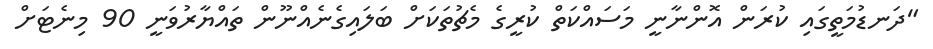
"ދަނޑުމަތީގައި ކުރަން އޮންނާނީ މަސައްކަތް ކުރީގެ މެޗުތަކަށް ބަލައިގެނެއްނޫން ތައްޔާރުވަނީ 90 މިނެޓަށް